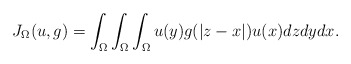
\begin{align*}J_{\Omega}(u,g)=\int_{\Omega}\int_{\Omega}\int_{\Omega}u(y)g(|z-x|)u(x)dzdydx.\end{align*}